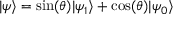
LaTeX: | \psi \rangle = \sin ( \theta ) | \psi _ { 1 } \rangle + \cos ( \theta ) | \psi _ { 0 } \rangle